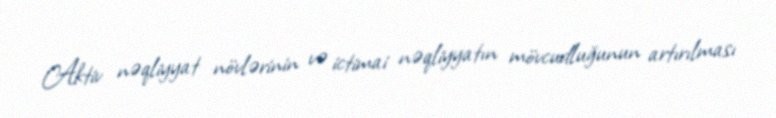
Aktiv nəqliyyat növlərinin və ictimai nəqliyyatın mövcudluğunun artırılması